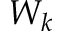
W _ { k }